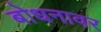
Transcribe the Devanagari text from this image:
बोधनावर